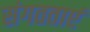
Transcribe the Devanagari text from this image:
संगतताएं